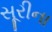
સૂરીના